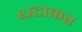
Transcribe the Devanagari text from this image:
धटाकर